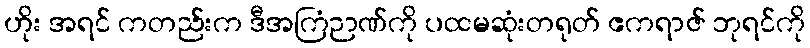
ဟိုး အရင် ကတည်းက ဒီအကြံဉာဏ်ကို ပထမဆုံးတရုတ် ဧကရာဇ် ဘုရင်ကို